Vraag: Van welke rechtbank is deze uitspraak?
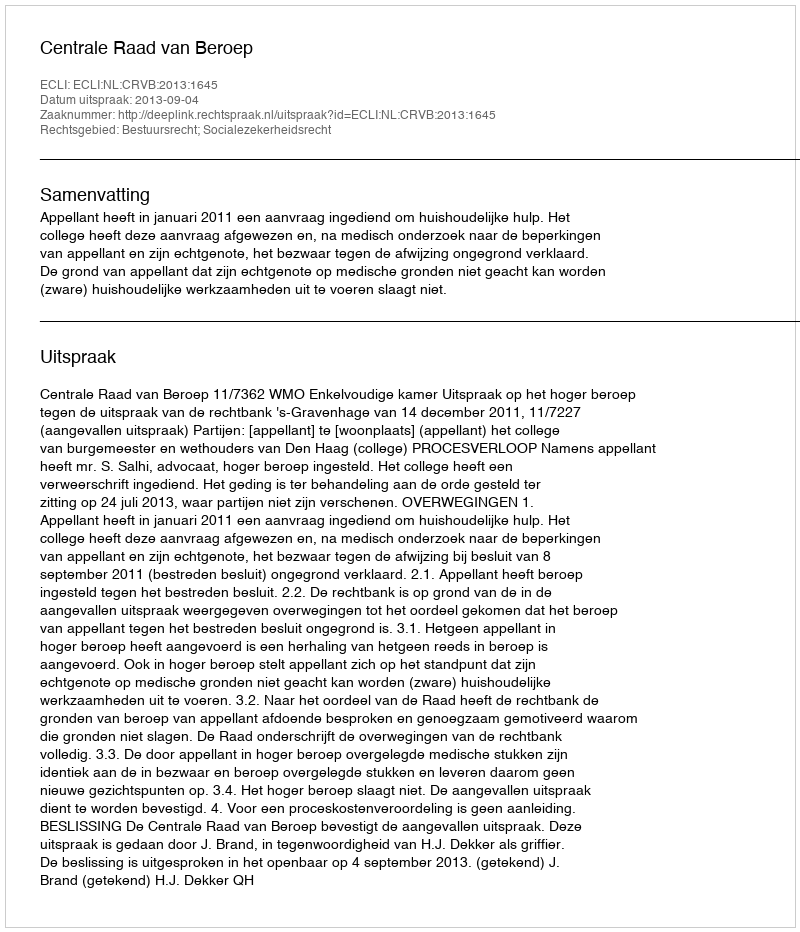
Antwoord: Centrale Raad van Beroep